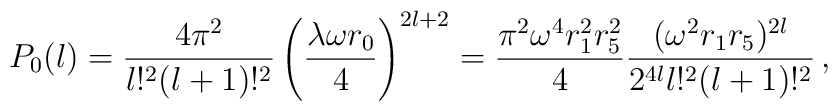
P_0 (l)=\frac{4\pi^2}{l!^2(l+1)!^2} \left( \frac{\lambda \omega r_0}{4}\right)^{2l+2} =\frac{\pi^2 \omega^4 r_1^2 r_5^2}{4}  \frac{(\omega^2 r_1 r_5)^{2l}}{2^{4l}l!^2(l+1)!^2}\,,